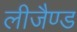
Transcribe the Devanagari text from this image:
लीजैण्ड